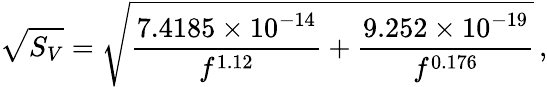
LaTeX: \sqrt{S_{V}}=\sqrt{\frac{7.4185\times 10^{-14}}{f^{1.12}}+\frac{9.252\times 10^{-19}}{f^{0.176}}}\, ,